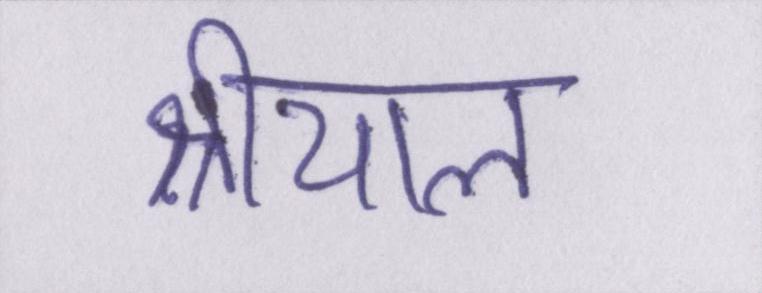
श्रीयाल